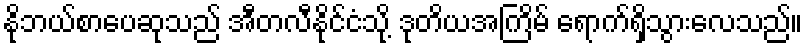
နိုဘယ်စာပေဆုသည် အီတလီနိုင်ငံသို့ ဒုတိယအကြိမ် ရောက်ရှိသွားလေသည်။